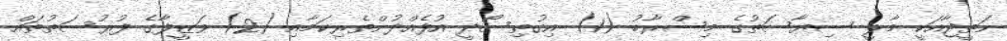
ނަތީޖާއަކީ މާލީ ސިޔާސަތުގެ މިސްރާބު (1) އިގުތިސޯދީ އުފެއްދުންތެރިކަމާއި (2) ވަޒީފާގެ ފުރުސަތުތައް